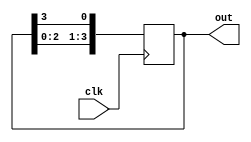
module ring_counter(input clk, output reg [3:0] out);

reg [3:0] counter;

always @(posedge clk)
begin
    counter <= {counter[2:0], counter[3]};
end

assign out = counter;

endmodule